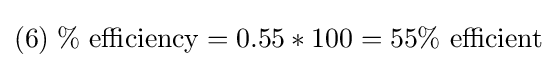
(6)\;\%{\text{ efficiency}}=0.55*100=55\%{\text{ efficient}}